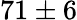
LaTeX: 71\pm 6